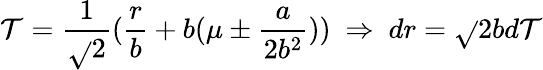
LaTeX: \mathcal{T}=\frac{{1}}{{\sqrt{}{{2}}}}(\frac{{r}}{{b}}+b(\mu\pm\frac{{a}}{{2b^{2}}}))\ \Rightarrow\ dr=\sqrt{}{{2}}bd\mathcal{T}